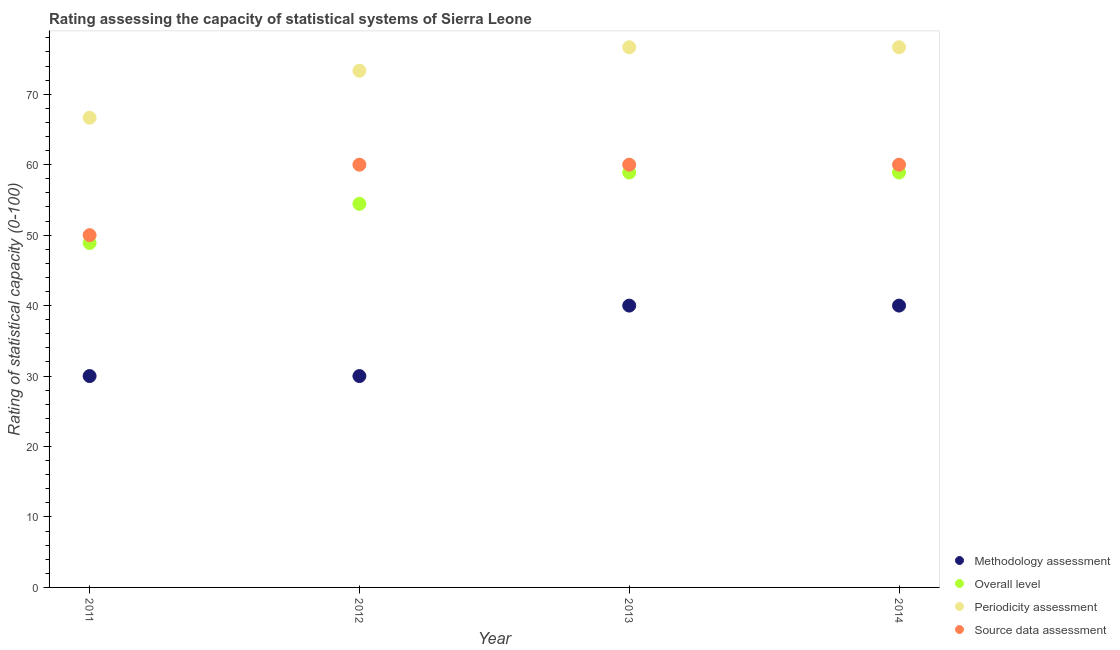
| Year | Methodology assessment | Overall level | Periodicity assessment | Source data assessment |
 | --- | --- | --- | --- | --- |
 | 2011 | 30 | 48.9 | 66.7 | 50 |
 | 2012 | 30 | 54.4 | 73.3 | 60 |
 | 2013 | 40 | 58.9 | 76.7 | 60 |
 | 2014 | 40 | 58.9 | 76.7 | 60 |